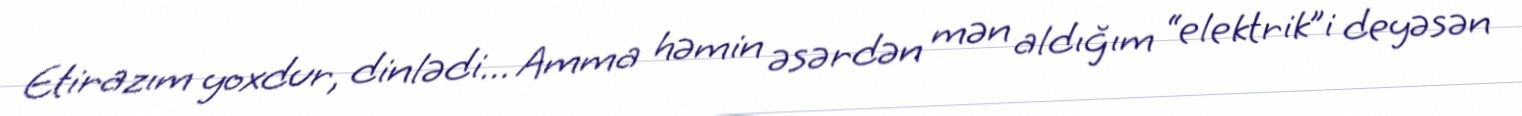
Etirazım yoxdur, dinlədi... Amma həmin əsərdən mən aldığım “elektrik”i deyəsən